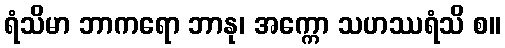
ရံသိမာ ဘာကရော ဘာနု၊ အက္ကော သဟဿရံသိ စ။